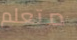
متعلم